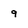
Character: 9